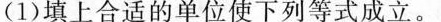
(1)填上合适的单位使下列等式成立。